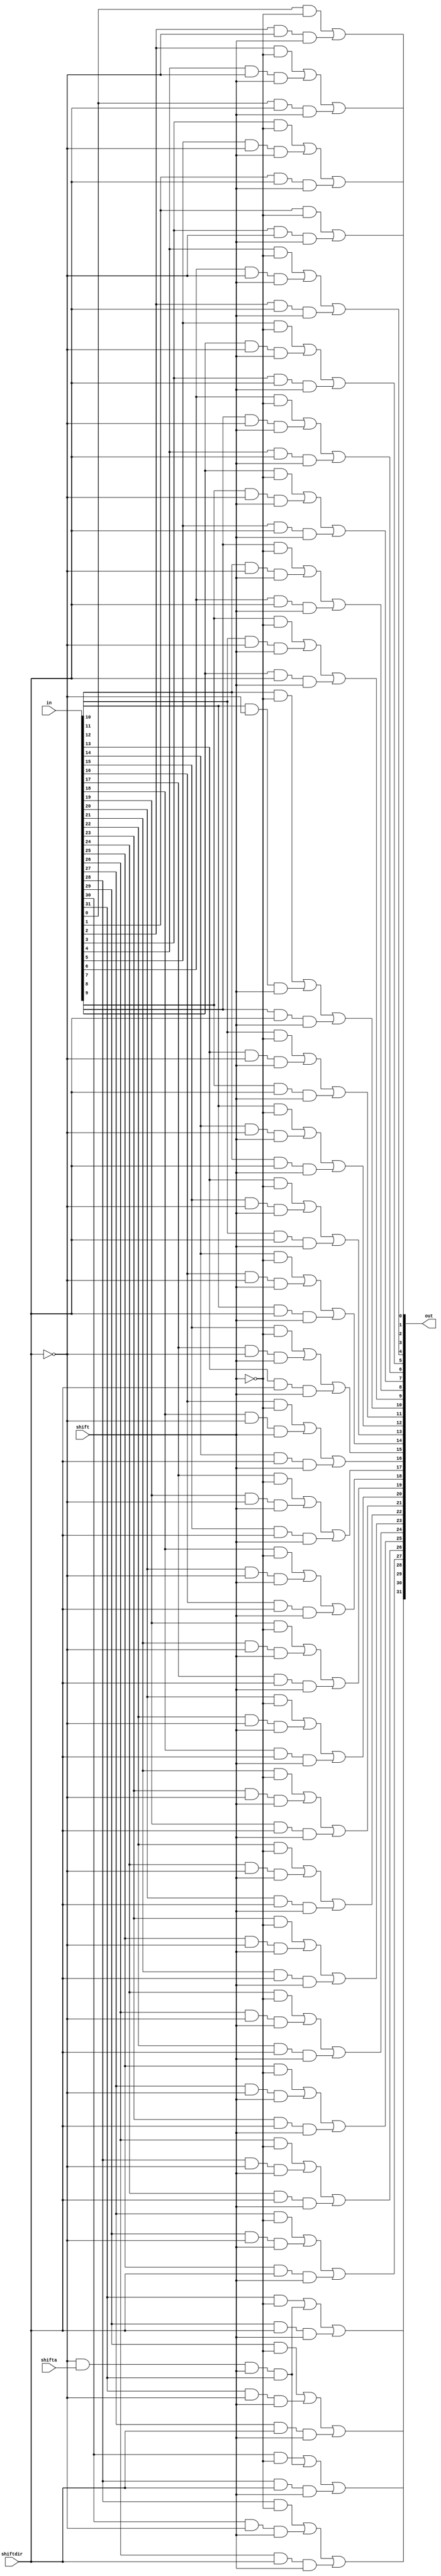
module shifter32b2(
out,
in,
shiftdir, //0 shift right 1 shift left 
shift, //0 outputs input 1 shifts 
shifta //shift aritmetic
);
//input
input [31:0] in;
input shift;
input shiftdir;
input shifta;
//output
output [31:0] out;
//intermediate
wire notshiftdir;
wire notshift;
wire outleft [31:0];
wire outright [31:0];
wire outnoshift [31:0];
wire msb; //bit that right shift fills with
not(notshiftdir,shiftdir);
not(notshift,shift);
and(msb,notshiftdir,shifta,shift,in[31]); //pass msb if shifting right arethmetic
and(outnoshift[0],in[0],notshift);
and(outnoshift[1],in[1],notshift);
and(outnoshift[2],in[2],notshift);
and(outnoshift[3],in[3],notshift);
and(outnoshift[4],in[4],notshift);
and(outnoshift[5],in[5],notshift);
and(outnoshift[6],in[6],notshift);
and(outnoshift[7],in[7],notshift);
and(outnoshift[8],in[8],notshift);
and(outnoshift[9],in[9],notshift);
and(outnoshift[10],in[10],notshift);
and(outnoshift[11],in[11],notshift);
and(outnoshift[12],in[12],notshift);
and(outnoshift[13],in[13],notshift);
and(outnoshift[14],in[14],notshift);
and(outnoshift[15],in[15],notshift);
and(outnoshift[16],in[16],notshift);
and(outnoshift[17],in[17],notshift);
and(outnoshift[18],in[18],notshift);
and(outnoshift[19],in[19],notshift);
and(outnoshift[20],in[20],notshift);
and(outnoshift[21],in[21],notshift);
and(outnoshift[22],in[22],notshift);
and(outnoshift[23],in[23],notshift);
and(outnoshift[24],in[24],notshift);
and(outnoshift[25],in[25],notshift);
and(outnoshift[26],in[26],notshift);
and(outnoshift[27],in[27],notshift);
and(outnoshift[28],in[28],notshift);
and(outnoshift[29],in[29],notshift);
and(outnoshift[30],in[30],notshift);
and(outnoshift[31],in[31],notshift);


buf(outleft[0],0);
buf(outleft[1],0);
and(outleft[2],in[0],shiftdir,shift);
and(outleft[3],in[1],shiftdir,shift);
and(outleft[4],in[2],shiftdir,shift);
and(outleft[5],in[3],shiftdir,shift);
and(outleft[6],in[4],shiftdir,shift);
and(outleft[7],in[5],shiftdir,shift);
and(outleft[8],in[6],shiftdir,shift);
and(outleft[9],in[7],shiftdir,shift);
and(outleft[10],in[8],shiftdir,shift);
and(outleft[11],in[9],shiftdir,shift);
and(outleft[12],in[10],shiftdir,shift);
and(outleft[13],in[11],shiftdir,shift);
and(outleft[14],in[12],shiftdir,shift);
and(outleft[15],in[13],shiftdir,shift);
and(outleft[16],in[14],shiftdir,shift);
and(outleft[17],in[15],shiftdir,shift);
and(outleft[18],in[16],shiftdir,shift);
and(outleft[19],in[17],shiftdir,shift);
and(outleft[20],in[18],shiftdir,shift);
and(outleft[21],in[19],shiftdir,shift);
and(outleft[22],in[20],shiftdir,shift);
and(outleft[23],in[21],shiftdir,shift);
and(outleft[24],in[22],shiftdir,shift);
and(outleft[25],in[23],shiftdir,shift);
and(outleft[26],in[24],shiftdir,shift);
and(outleft[27],in[25],shiftdir,shift);
and(outleft[28],in[26],shiftdir,shift);
and(outleft[29],in[27],shiftdir,shift);
and(outleft[30],in[28],shiftdir,shift);
and(outleft[31],in[29],shiftdir,shift);

and(outright[0],in[2],notshiftdir,shift);
and(outright[1],in[3],notshiftdir,shift);
and(outright[2],in[4],notshiftdir,shift);
and(outright[3],in[5],notshiftdir,shift);
and(outright[4],in[6],notshiftdir,shift);
and(outright[5],in[7],notshiftdir,shift);
and(outright[6],in[8],notshiftdir,shift);
and(outright[7],in[9],notshiftdir,shift);
and(outright[8],in[10],notshiftdir,shift);
and(outright[9],in[11],notshiftdir,shift);
and(outright[10],in[12],notshiftdir,shift);
and(outright[11],in[13],notshiftdir,shift);
and(outright[12],in[14],notshiftdir,shift);
and(outright[13],in[15],notshiftdir,shift);
and(outright[14],in[16],notshiftdir,shift);
and(outright[15],in[17],notshiftdir,shift);
and(outright[16],in[18],notshiftdir,shift);
and(outright[17],in[19],notshiftdir,shift);
and(outright[18],in[20],notshiftdir,shift);
and(outright[19],in[21],notshiftdir,shift);
and(outright[20],in[22],notshiftdir,shift);
and(outright[21],in[23],notshiftdir,shift);
and(outright[22],in[24],notshiftdir,shift);
and(outright[23],in[25],notshiftdir,shift);
and(outright[24],in[26],notshiftdir,shift);
and(outright[25],in[27],notshiftdir,shift);
and(outright[26],in[28],notshiftdir,shift);
and(outright[27],in[29],notshiftdir,shift);
and(outright[28],in[30],notshiftdir,shift);
and(outright[29],in[31],notshiftdir,shift);
buf(outright[30],msb);
buf(outright[31],msb);

or(out[0],outnoshift[0],outright[0],outleft[0]);
or(out[1],outnoshift[1],outright[1],outleft[1]);
or(out[2],outnoshift[2],outright[2],outleft[2]);
or(out[3],outnoshift[3],outright[3],outleft[3]);
or(out[4],outnoshift[4],outright[4],outleft[4]);
or(out[5],outnoshift[5],outright[5],outleft[5]);
or(out[6],outnoshift[6],outright[6],outleft[6]);
or(out[7],outnoshift[7],outright[7],outleft[7]);
or(out[8],outnoshift[8],outright[8],outleft[8]);
or(out[9],outnoshift[9],outright[9],outleft[9]);
or(out[10],outnoshift[10],outright[10],outleft[10]);
or(out[11],outnoshift[11],outright[11],outleft[11]);
or(out[12],outnoshift[12],outright[12],outleft[12]);
or(out[13],outnoshift[13],outright[13],outleft[13]);
or(out[14],outnoshift[14],outright[14],outleft[14]);
or(out[15],outnoshift[15],outright[15],outleft[15]);
or(out[16],outnoshift[16],outright[16],outleft[16]);
or(out[17],outnoshift[17],outright[17],outleft[17]);
or(out[18],outnoshift[18],outright[18],outleft[18]);
or(out[19],outnoshift[19],outright[19],outleft[19]);
or(out[20],outnoshift[20],outright[20],outleft[20]);
or(out[21],outnoshift[21],outright[21],outleft[21]);
or(out[22],outnoshift[22],outright[22],outleft[22]);
or(out[23],outnoshift[23],outright[23],outleft[23]);
or(out[24],outnoshift[24],outright[24],outleft[24]);
or(out[25],outnoshift[25],outright[25],outleft[25]);
or(out[26],outnoshift[26],outright[26],outleft[26]);
or(out[27],outnoshift[27],outright[27],outleft[27]);
or(out[28],outnoshift[28],outright[28],outleft[28]);
or(out[29],outnoshift[29],outright[29],outleft[29]);
or(out[30],outnoshift[30],outright[30],outleft[30]);
or(out[31],outnoshift[31],outright[31],outleft[31]);




endmodule